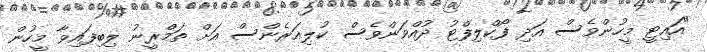
"އައިޓީ މީހުންވެސް އަދި ފޯކްލިފްޓު ދުއްވަންވެސް ކުލިއަރެންސް އަށް ތަމްރީނު ލިބިފައިވާ މީހުން